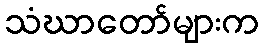
သံဃာတော်များက